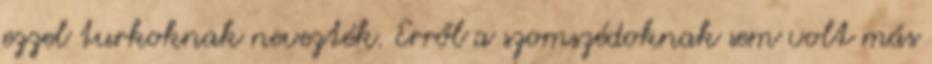
ezzel turkoknak nevezték. Erről a szomszédoknak sem volt más